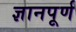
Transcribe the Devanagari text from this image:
ज्ञानपूर्ण